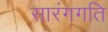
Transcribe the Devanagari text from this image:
सारंगगति